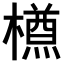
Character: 𣜃